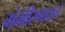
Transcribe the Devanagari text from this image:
गंभीरगडाचे